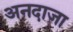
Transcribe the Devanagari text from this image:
अनदाजा